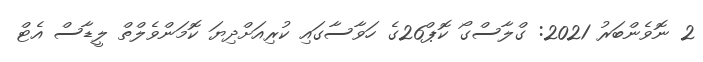
2 ނޮވެންބަރު 2021: ގްލާސްގޯ ކޮޕް26ގެ ހަވާސާގައި ކުރިއަށްދިޔަ ކޮމަންވެލްތް ލީޑާސް އެޓް